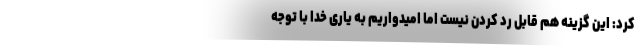
کرد: این گزینه هم قابل رد کردن نیست اما امیدواریم به یاری خدا با توجه